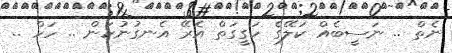
ނެތް .. ނަސީބެއް ކަލޭގެ ހަގީގަތް އެރޭ އެނގުނުކަން .. ހަހް ..